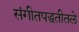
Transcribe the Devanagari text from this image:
संगीतपद्धतीतले